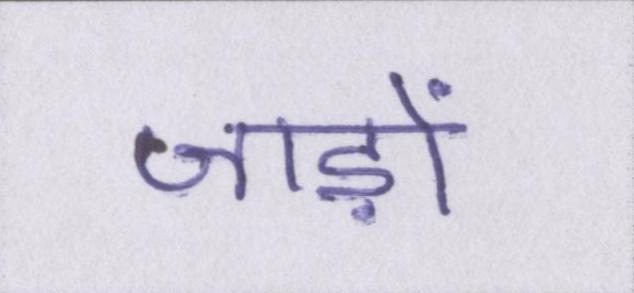
जाड़ों